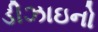
ડીઝાઇનો